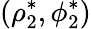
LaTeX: (\rho_{2}^{*},\phi_{2}^{*})